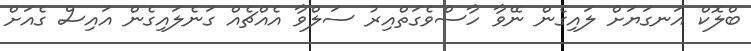
ބްލޮކް އަނގަޔަށް ލައިގެން ނޭވާ ހާސްވެގަތްއިރު ސަލްވާ އެއްޗެއް ގަނެލައިގެން އައިސް ގެއަށް